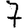
Digit: 7